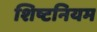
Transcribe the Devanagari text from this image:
शिष्टनियम